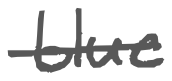
Text: blue
Cross-out: single-line
Writing tool: digital_gray